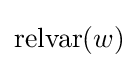
{\text{relvar}}(w)